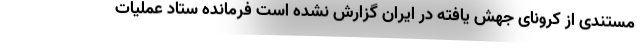
مستندی از کرونای جهش یافته در ایران گزارش نشده است فرمانده ستاد عملیات